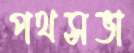
পথসভা